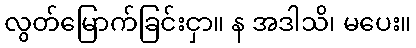
လွတ်မြောက်ခြင်းငှာ။ န အဒါသိ၊ မပေး။